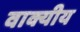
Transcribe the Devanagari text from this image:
वाक्यीय